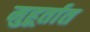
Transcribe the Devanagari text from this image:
मुहूर्तात